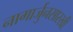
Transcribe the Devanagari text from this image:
नागार्जुनसारखी